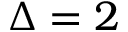
\Delta = 2